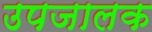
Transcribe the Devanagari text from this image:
उपजालक